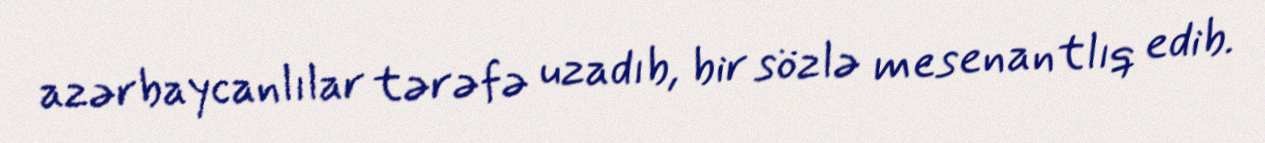
azərbaycanlılar tərəfə uzadıb, bir sözlə mesenantlıq edib.